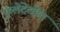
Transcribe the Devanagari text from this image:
फुलेदेखील